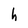
Character: h